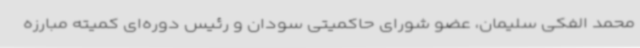
محمد الفکی سلیمان، عضو شورای حاکمیتی سودان و رئیس دوره‌ای کمیته مبارزه